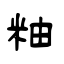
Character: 粙